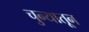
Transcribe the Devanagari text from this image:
चुन्यातून